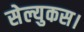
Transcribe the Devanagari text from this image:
सेल्युकस।